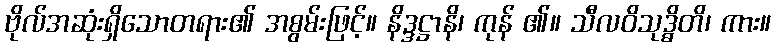
ဗိုလ်အဆုံးရှိသောတရား၏ အစွမ်းဖြင့်။ နိဒ္ဒဋ္ဌာနိ၊ ကုန် ၏။ သီလဝိသုဒ္ဓိတိ၊ ကား။